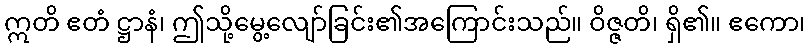
ဣတိ ဧတံ ဋ္ဌာနံ၊ ဤသို့မွေ့လျော်ခြင်း၏အကြောင်းသည်။ ဝိဇ္ဇတိ၊ ရှိ၏။ ဧကော၊